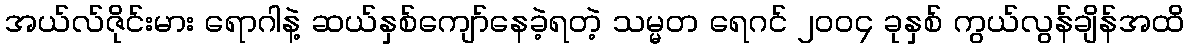
အယ်လ်ဇိုင်းမား ရောဂါနဲ့ ဆယ်နှစ်ကျော်နေခဲ့ရတဲ့ သမ္မတ ရေဂင် ၂၀၀၄ ခုနှစ် ကွယ်လွန်ချိန်အထိ